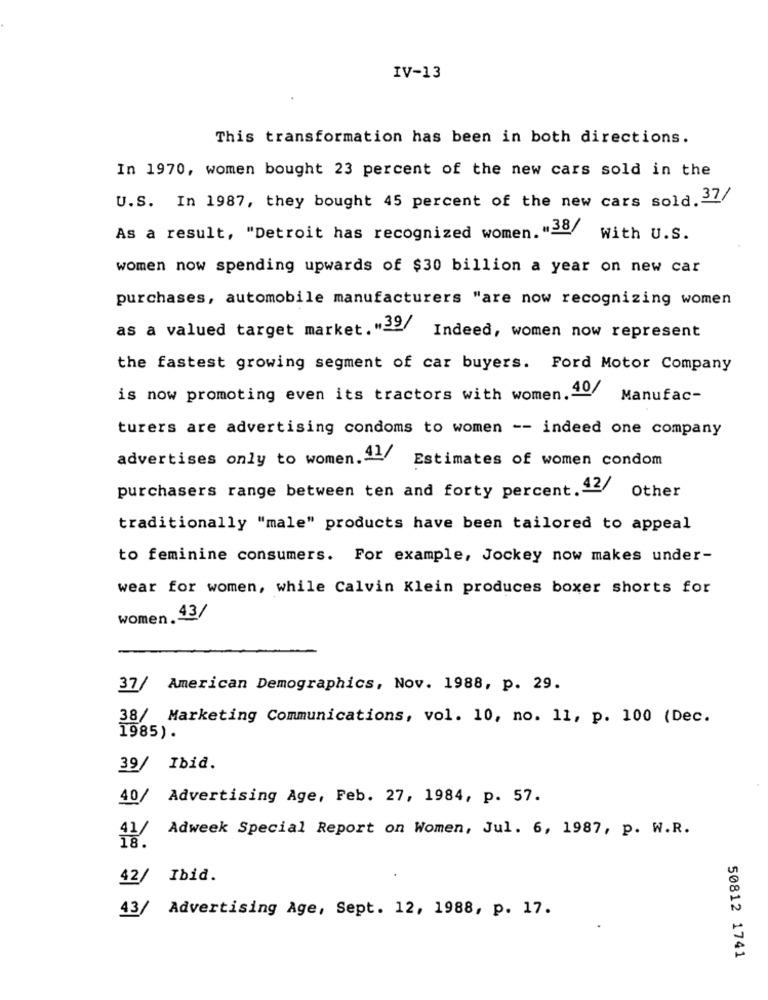
IV-13
This transformation has been in both directions.
In 1970, women bought 23 percent of the new cars sold in the
U.S. In 1987, they bought 45 percent of the new cars sold.37/
As a result, "Detroit has recognized women. "38/
With U.S.
women now spending upwards of $30 billion a year on new car
purchases, automobile manufacturers "are now recognizing women
as a valued target market.">>/ Indeed, women now represent
the fastest growing segment of car buyers. Ford Motor Company
is now promoting even its tractors with women. 40/
Manufac-
turers are advertising condoms to women -- indeed one company
advertises only to women. 41/
Estimates of women condom
purchasers range between ten and forty percent. 42/
Other
traditionally "male" products have been tailored to appeal
to feminine consumers. For example, Jockey now makes under-
wear for women, while Calvin Klein produces boxer shorts for
women. 43/
37/ American Demographics, Nov. 1988, p. 29.
38/ Marketing Communications, vol. 10, no. 11, p. 100 (Dec.
1985).
39/ Ibid.
40/
Advertising Age, Feb. 27, 1984, p. 57.
41/
Adweek Special Report on Women, Jul. 6, 1987, p. W.R.
18.
42/
Ibid.
43/
Advertising Age, Sept. 12, 1988, p. 17.
50812 1741